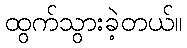
ထွက်သွားခဲ့တယ်။